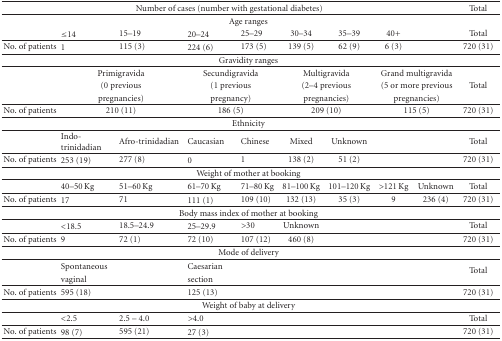
<table><thead><tr><td colspan="9"><b>Number of cases (number with gestational diabetes)</b></td><td><b>Total</b></td></tr></thead><tbody><tr><td colspan="10">Age ranges</td></tr><tr><td></td><td> ≤14 </td><td>15–19 </td><td>20–24 </td><td>25–29 </td><td>30–34 </td><td>35–39 </td><td>40+</td><td></td><td>Total</td></tr><tr><td>No. of patients</td><td>1 </td><td>115 (3) </td><td>224 (6) </td><td>173 (5) </td><td>139 (5) </td><td>62 (9) </td><td>6 (3) </td><td></td><td>720 (31)</td></tr><tr><td colspan="10">Gravidity ranges</td></tr><tr><td></td><td colspan="2">Primigravida</td><td colspan="2">Secundigravida</td><td colspan="2">Multigravida</td><td colspan="2">Grand multigravida</td><td></td></tr><tr><td></td><td colspan="2">(0 previous</td><td colspan="2">(1 previous</td><td colspan="2">(2–4 previous</td><td colspan="2">(5 or more previous</td><td>Total</td></tr><tr><td></td><td colspan="2">pregnancies)</td><td colspan="2">pregnancy)</td><td colspan="2">pregnancies)</td><td colspan="2">pregnancies) </td><td></td></tr><tr><td>No. of patients </td><td colspan="2">210 (11) </td><td colspan="2">186 (5)</td><td colspan="2">209 (10)</td><td colspan="2">115 (5)</td><td>720 (31)</td></tr><tr><td colspan="10">Ethnicity</td></tr><tr><td></td><td>Indo-trinidadian</td><td>Afro-trinidadian</td><td>Caucasian</td><td>Chinese</td><td>Mixed</td><td>Unknown</td><td></td><td></td><td>Total</td></tr><tr><td>No. of patients </td><td>253 (19) </td><td>277 (8) </td><td>0 </td><td>1 </td><td>138 (2) </td><td>51 (2) </td><td></td><td></td><td>720 (31)</td></tr><tr><td colspan="10">Weight of mother at booking</td></tr><tr><td></td><td>40–50 Kg </td><td>51–60 Kg </td><td>61–70 Kg </td><td>71–80 Kg </td><td>81–100 Kg </td><td>101–120 Kg </td><td>&gt;121 Kg</td><td>Unknown</td><td>Total</td></tr><tr><td>No. of patients </td><td>17 </td><td>71 </td><td>111 (1) </td><td>109 (10) </td><td>132 (13) </td><td>35 (3) </td><td>9 </td><td>236 (4) </td><td>720 (31)</td></tr><tr><td colspan="10">Body mass index of mother at booking</td></tr><tr><td></td><td> &lt;18.5 </td><td>18.5–24.9 </td><td>25–29.9 </td><td> &gt;30 </td><td>Unknown </td><td></td><td></td><td></td><td>Total</td></tr><tr><td>No. of patients </td><td>9 </td><td>72 (1) </td><td>72 (10) </td><td>107 (12) </td><td>460 (8) </td><td></td><td></td><td></td><td>720 (31)</td></tr><tr><td colspan="10">Mode of delivery</td></tr><tr><td></td><td>Spontaneous</td><td></td><td>Caesarian</td><td></td><td></td><td></td><td></td><td></td><td rowspan="2">Total</td></tr><tr><td></td><td>vaginal </td><td></td><td>section</td><td></td><td></td><td></td><td></td><td></td></tr><tr><td>No. of patients </td><td>595 (18) </td><td></td><td>125 (13) </td><td></td><td></td><td></td><td></td><td></td><td>720 (31)</td></tr><tr><td colspan="10">Weight of baby at delivery</td></tr><tr><td></td><td> &lt;2.5 </td><td>2.5 – 4.0 </td><td> &gt;4.0 </td><td></td><td></td><td></td><td></td><td></td><td>Total</td></tr><tr><td>No. of patients </td><td>98 (7) </td><td>595 (21) </td><td>27 (3) </td><td></td><td></td><td></td><td></td><td></td><td>720 (31)</td></tr></tbody></table>